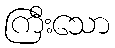
ကြီးသော